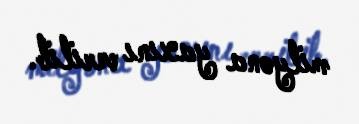
milyona yaxını verilib.